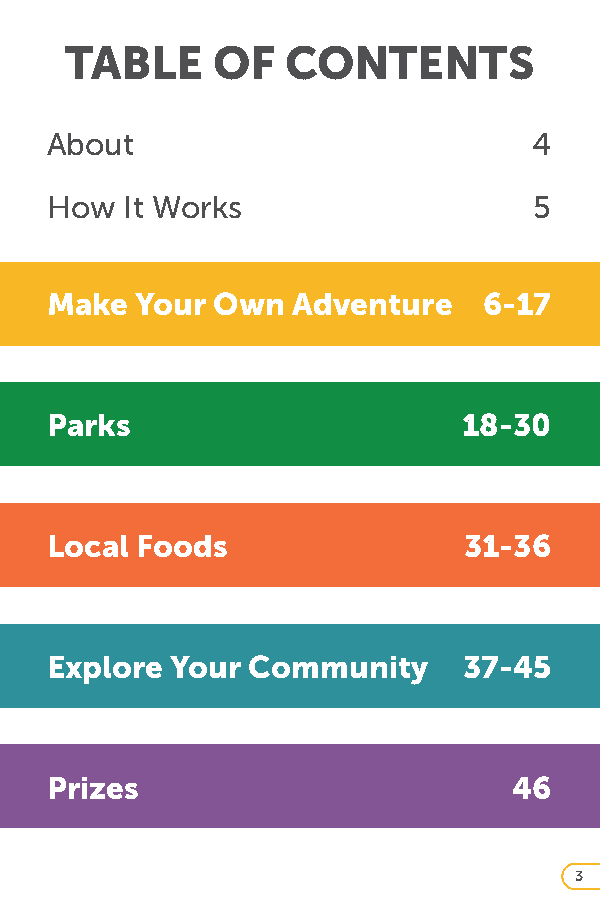
TABLE     OF   CONTENTS
 About                           4
 How  It Works                   5
 Make  Your Own  Adventure    6-17
 Parks                       18-30
 Local Foods                 31-36
 Explore Your Community      37-45
 Prizes                         46
 3